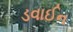
ડવાઈન